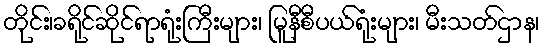
တိုင်း၊ခရိုင်ဆိုင်ရာရုံးကြီးများ၊ မြူနီစီပယ်ရုံးများ၊ မီးသတ်ဌာန၊